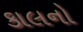
કાલનો